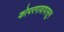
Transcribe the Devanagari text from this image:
कोपरगावापासून